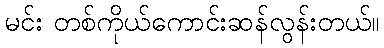
မင်း တစ်ကိုယ်ကောင်းဆန်လွန်းတယ်။